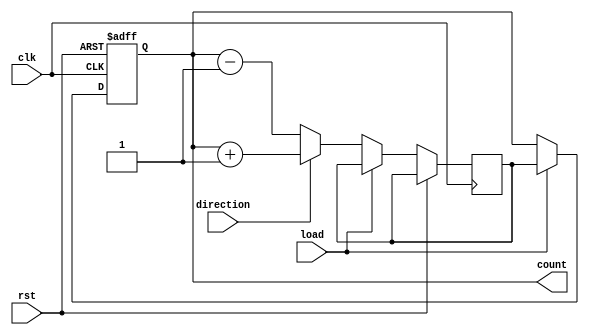
module bidirectional_gray_counter (
    input wire clk,
    input wire rst,
    input wire load,
    input wire direction,
    output reg [3:0] count
);

reg [3:0] next_count;

always @ (posedge clk or posedge rst) begin
    if (rst) begin
        count <= 4'b0000;
    end else if (load) begin
        count <= next_count;
    end else if (direction) begin
        next_count <= count + 1;
    end else begin
        next_count <= count - 1;
    end
end

endmodule